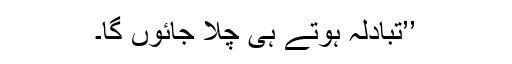
’’تبادلہ ہوتے ہی چلا جائوں گا۔